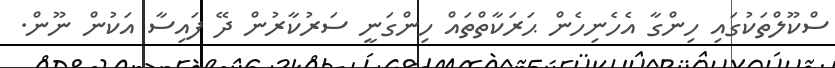
ސްކޫލްތަކުގައި ހިންގާ އެހެނިހެން ޙަރަކާތްތައް ހިންގަނީ ސަރުކާރުން ދޭ ފައިސާ އަކުން ނޫން.